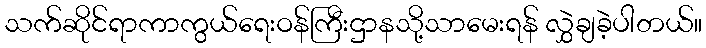
သက်ဆိုင်ရာကာကွယ်ရေးဝန်ကြီးဌာနသို့သာမေးရန် လွှဲချခဲ့ပါတယ်။